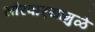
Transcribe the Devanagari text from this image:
सौरवार्‍यामुळे